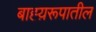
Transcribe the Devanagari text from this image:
बाह्य़रूपातील